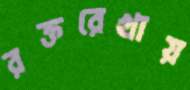
রক্তরেখায়